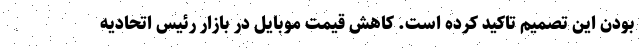
بودن این تصمیم تاکید کرده است. کاهش قیمت موبایل در بازار رئیس اتحادیه